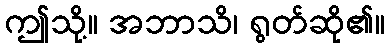
ဤသို့။ အဘာသိ၊ ရွတ်ဆို၏။